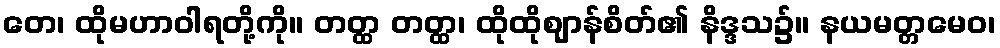
တေ၊ ထိုမဟာဝါရတို့ကို။ တတ္ထ တတ္ထ၊ ထိုထိုဈာန်စိတ်၏ နိဒ္ဒသ၌။ နယမတ္တမေဝ၊